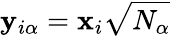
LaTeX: \mathbf{y}_{i\alpha}=\mathbf{x}_{i}\sqrt{N_{\alpha}}